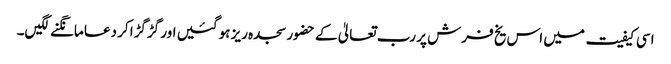
اسی کیفیت میں اس یخ فرش پر رب تعالیٰ کے حضور سجدہ ریز ہوگئیں اور گڑگڑا کر دعا مانگنے لگیں۔